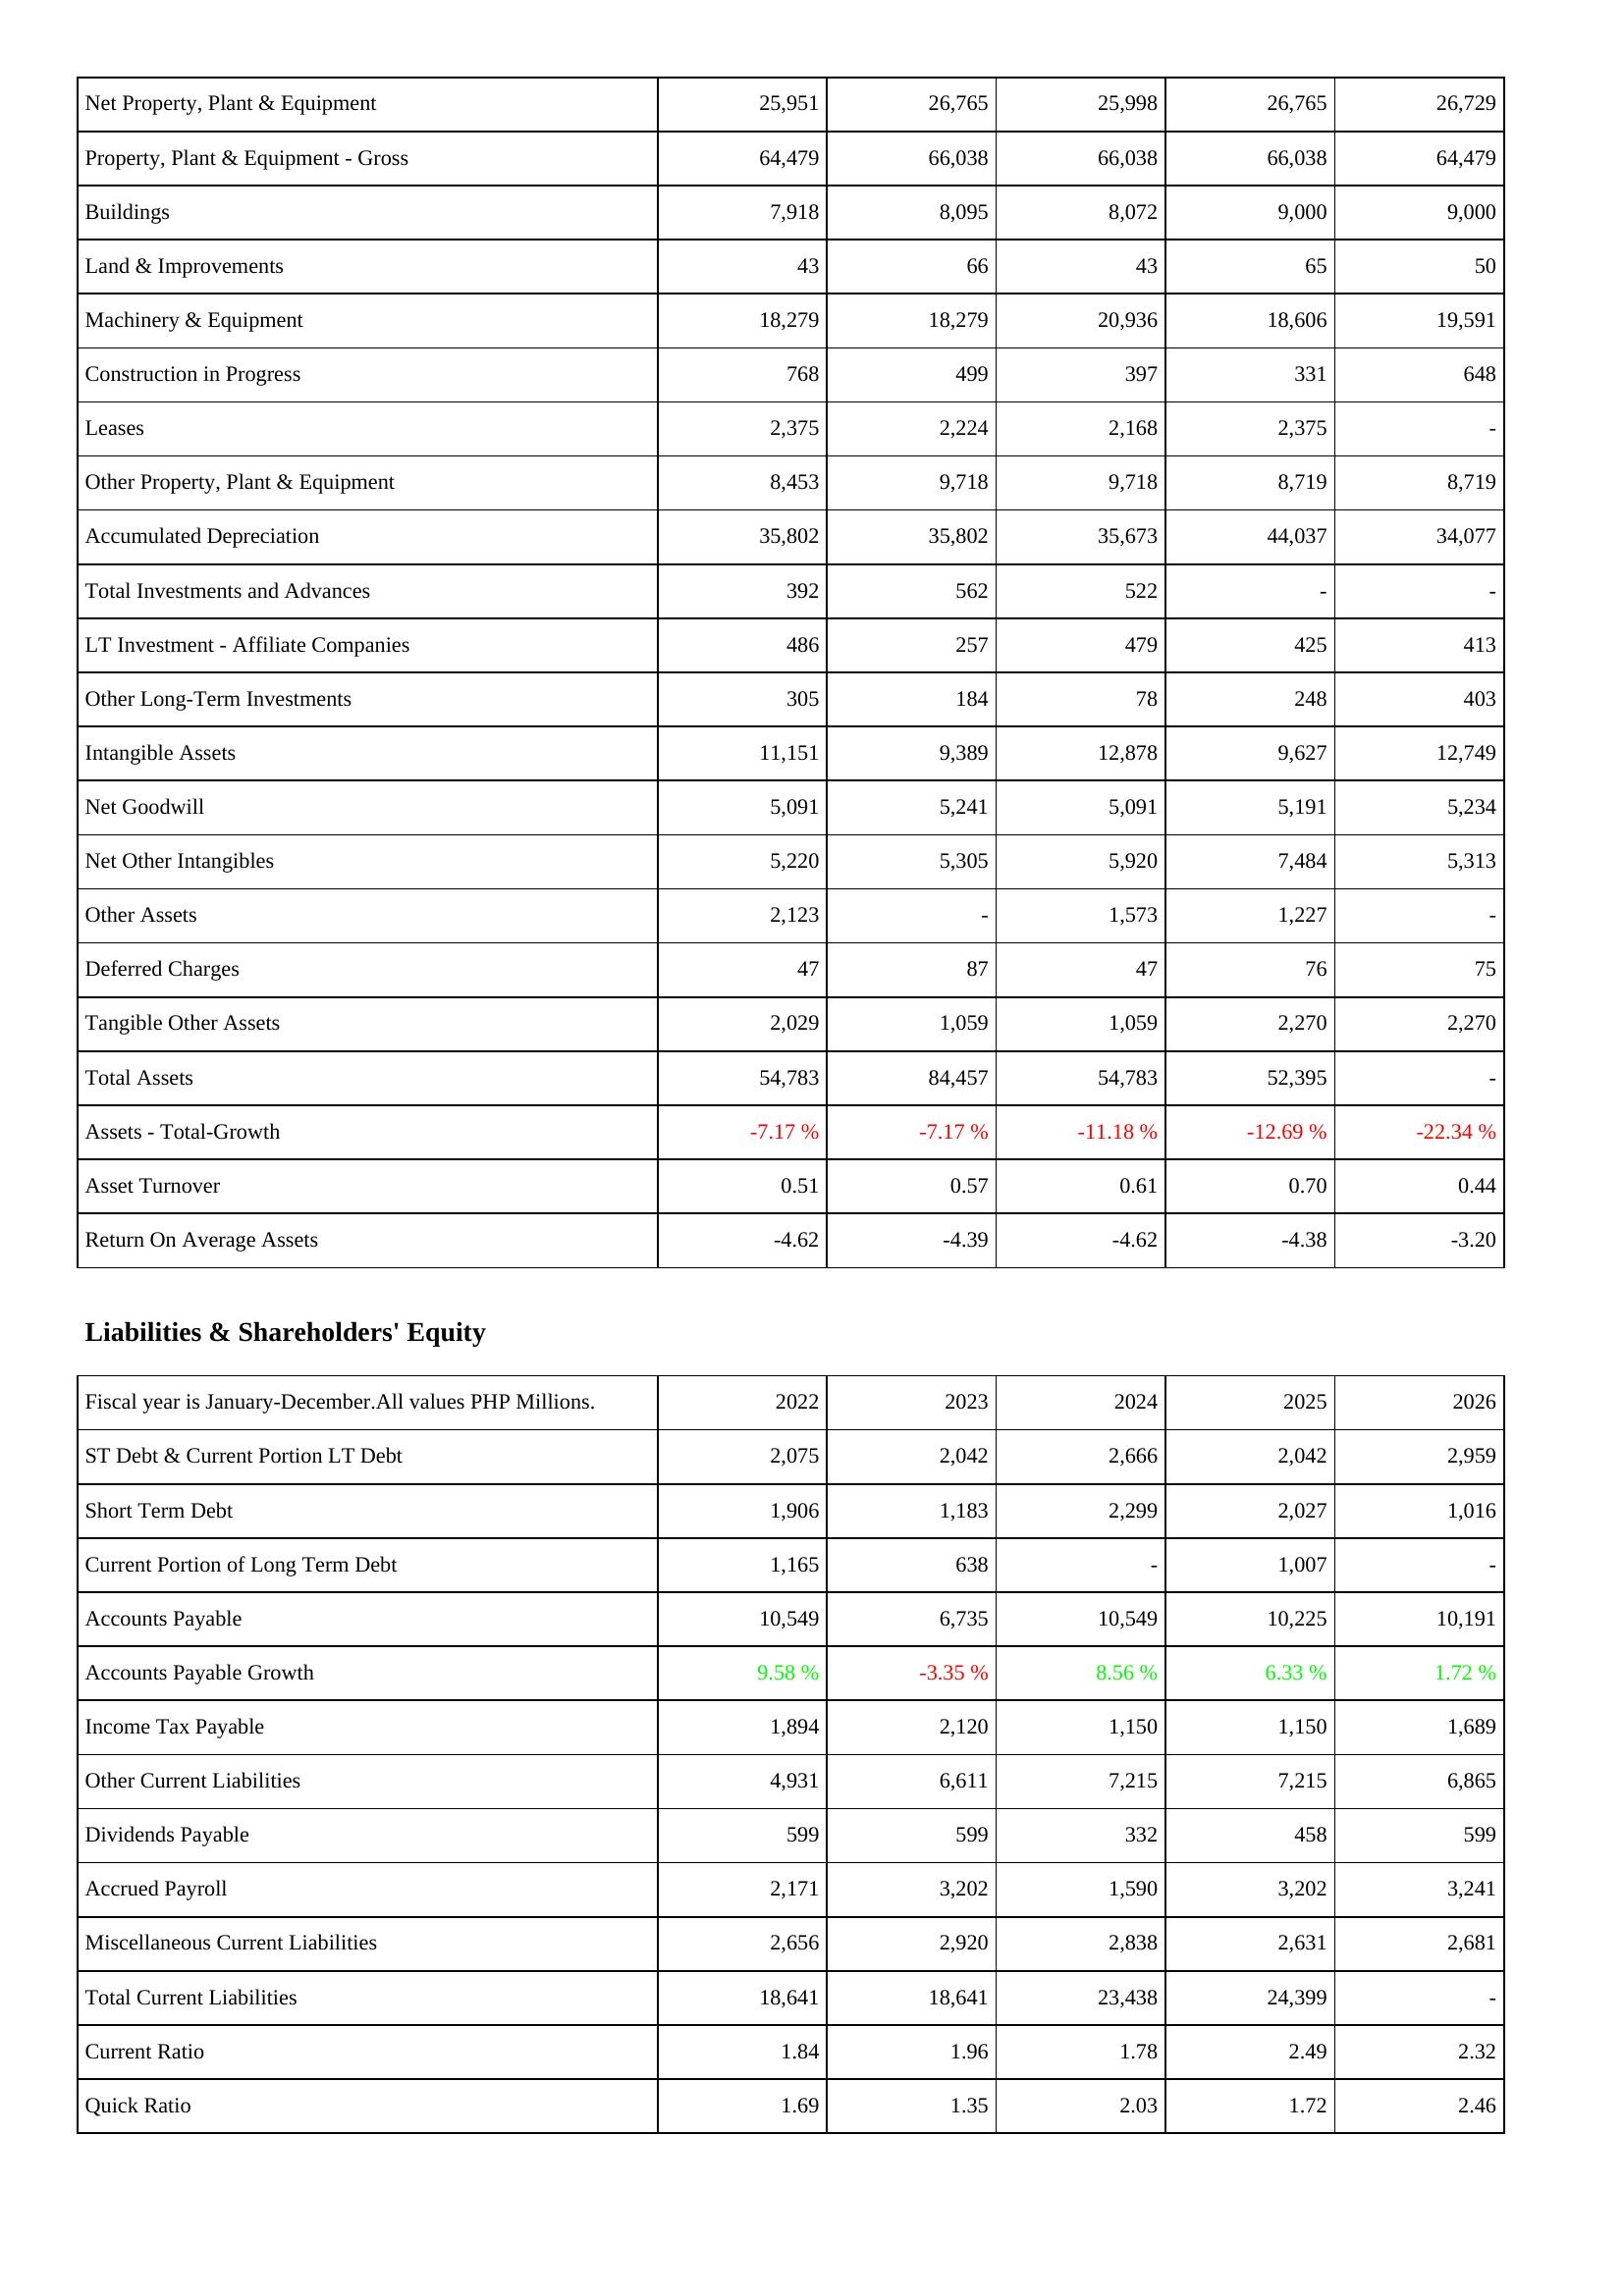
2022: Assets: Net Property, Plant & Equipment: 25,951
Property, Plant & Equipment - Gross: 64,479
Buildings: 7,918
Land & Improvements: 43
Machinery & Equipment: 18,279
Construction in Progress: 768
Leases: 2,375
Other Property, Plant & Equipment: 8,453
Accumulated Depreciation: 35,802
Total Investments and Advances: 392
LT Investment - Affiliate Companies: 486
Other Long-Term Investments: 305
Intangible Assets: 11,151
Net Goodwill: 5,091
Net Other Intangibles: 5,220
Other Assets: 2,123
Deferred Charges: 47
Tangible Other Assets: 2,029
Total Assets: 54,783
Assets - Total-Growth: -7.17 %
Asset Turnover: 0.51
Return On Average Assets: -4.62
Liabilities & Shareholders' Equity: ST Debt & Current Portion LT Debt: 2,075
Short Term Debt: 1,906
Current Portion of Long Term Debt: 1,165
Accounts Payable: 10,549
Accounts Payable Growth: 9.58 %
Income Tax Payable: 1,894
Other Current Liabilities: 4,931
Dividends Payable: 599
Accrued Payroll: 2,171
Miscellaneous Current Liabilities: 2,656
Total Current Liabilities: 18,641
Current Ratio: 1.84
Quick Ratio: 1.69
2023: Assets: Net Property, Plant & Equipment: 26,765
Property, Plant & Equipment - Gross: 66,038
Buildings: 8,095
Land & Improvements: 66
Machinery & Equipment: 18,279
Construction in Progress: 499
Leases: 2,224
Other Property, Plant & Equipment: 9,718
Accumulated Depreciation: 35,802
Total Investments and Advances: 562
LT Investment - Affiliate Companies: 257
Other Long-Term Investments: 184
Intangible Assets: 9,389
Net Goodwill: 5,241
Net Other Intangibles: 5,305
Other Assets: -
Deferred Charges: 87
Tangible Other Assets: 1,059
Total Assets: 84,457
Assets - Total-Growth: -7.17 %
Asset Turnover: 0.57
Return On Average Assets: -4.39
Liabilities & Shareholders' Equity: ST Debt & Current Portion LT Debt: 2,042
Short Term Debt: 1,183
Current Portion of Long Term Debt: 638
Accounts Payable: 6,735
Accounts Payable Growth: -3.35 %
Income Tax Payable: 2,120
Other Current Liabilities: 6,611
Dividends Payable: 599
Accrued Payroll: 3,202
Miscellaneous Current Liabilities: 2,920
Total Current Liabilities: 18,641
Current Ratio: 1.96
Quick Ratio: 1.35
2024: Assets: Net Property, Plant & Equipment: 25,998
Property, Plant & Equipment - Gross: 66,038
Buildings: 8,072
Land & Improvements: 43
Machinery & Equipment: 20,936
Construction in Progress: 397
Leases: 2,168
Other Property, Plant & Equipment: 9,718
Accumulated Depreciation: 35,673
Total Investments and Advances: 522
LT Investment - Affiliate Companies: 479
Other Long-Term Investments: 78
Intangible Assets: 12,878
Net Goodwill: 5,091
Net Other Intangibles: 5,920
Other Assets: 1,573
Deferred Charges: 47
Tangible Other Assets: 1,059
Total Assets: 54,783
Assets - Total-Growth: -11.18 %
Asset Turnover: 0.61
Return On Average Assets: -4.62
Liabilities & Shareholders' Equity: ST Debt & Current Portion LT Debt: 2,666
Short Term Debt: 2,299
Current Portion of Long Term Debt: -
Accounts Payable: 10,549
Accounts Payable Growth: 8.56 %
Income Tax Payable: 1,150
Other Current Liabilities: 7,215
Dividends Payable: 332
Accrued Payroll: 1,590
Miscellaneous Current Liabilities: 2,838
Total Current Liabilities: 23,438
Current Ratio: 1.78
Quick Ratio: 2.03
2025: Assets: Net Property, Plant & Equipment: 26,765
Property, Plant & Equipment - Gross: 66,038
Buildings: 9,000
Land & Improvements: 65
Machinery & Equipment: 18,606
Construction in Progress: 331
Leases: 2,375
Other Property, Plant & Equipment: 8,719
Accumulated Depreciation: 44,037
Total Investments and Advances: -
LT Investment - Affiliate Companies: 425
Other Long-Term Investments: 248
Intangible Assets: 9,627
Net Goodwill: 5,191
Net Other Intangibles: 7,484
Other Assets: 1,227
Deferred Charges: 76
Tangible Other Assets: 2,270
Total Assets: 52,395
Assets - Total-Growth: -12.69 %
Asset Turnover: 0.70
Return On Average Assets: -4.38
Liabilities & Shareholders' Equity: ST Debt & Current Portion LT Debt: 2,042
Short Term Debt: 2,027
Current Portion of Long Term Debt: 1,007
Accounts Payable: 10,225
Accounts Payable Growth: 6.33 %
Income Tax Payable: 1,150
Other Current Liabilities: 7,215
Dividends Payable: 458
Accrued Payroll: 3,202
Miscellaneous Current Liabilities: 2,631
Total Current Liabilities: 24,399
Current Ratio: 2.49
Quick Ratio: 1.72
2026: Assets: Net Property, Plant & Equipment: 26,729
Property, Plant & Equipment - Gross: 64,479
Buildings: 9,000
Land & Improvements: 50
Machinery & Equipment: 19,591
Construction in Progress: 648
Leases: -
Other Property, Plant & Equipment: 8,719
Accumulated Depreciation: 34,077
Total Investments and Advances: -
LT Investment - Affiliate Companies: 413
Other Long-Term Investments: 403
Intangible Assets: 12,749
Net Goodwill: 5,234
Net Other Intangibles: 5,313
Other Assets: -
Deferred Charges: 75
Tangible Other Assets: 2,270
Total Assets: -
Assets - Total-Growth: -22.34 %
Asset Turnover: 0.44
Return On Average Assets: -3.20
Liabilities & Shareholders' Equity: ST Debt & Current Portion LT Debt: 2,959
Short Term Debt: 1,016
Current Portion of Long Term Debt: -
Accounts Payable: 10,191
Accounts Payable Growth: 1.72 %
Income Tax Payable: 1,689
Other Current Liabilities: 6,865
Dividends Payable: 599
Accrued Payroll: 3,241
Miscellaneous Current Liabilities: 2,681
Total Current Liabilities: -
Current Ratio: 2.32
Quick Ratio: 2.46